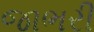
જાભરી